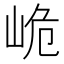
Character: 峗